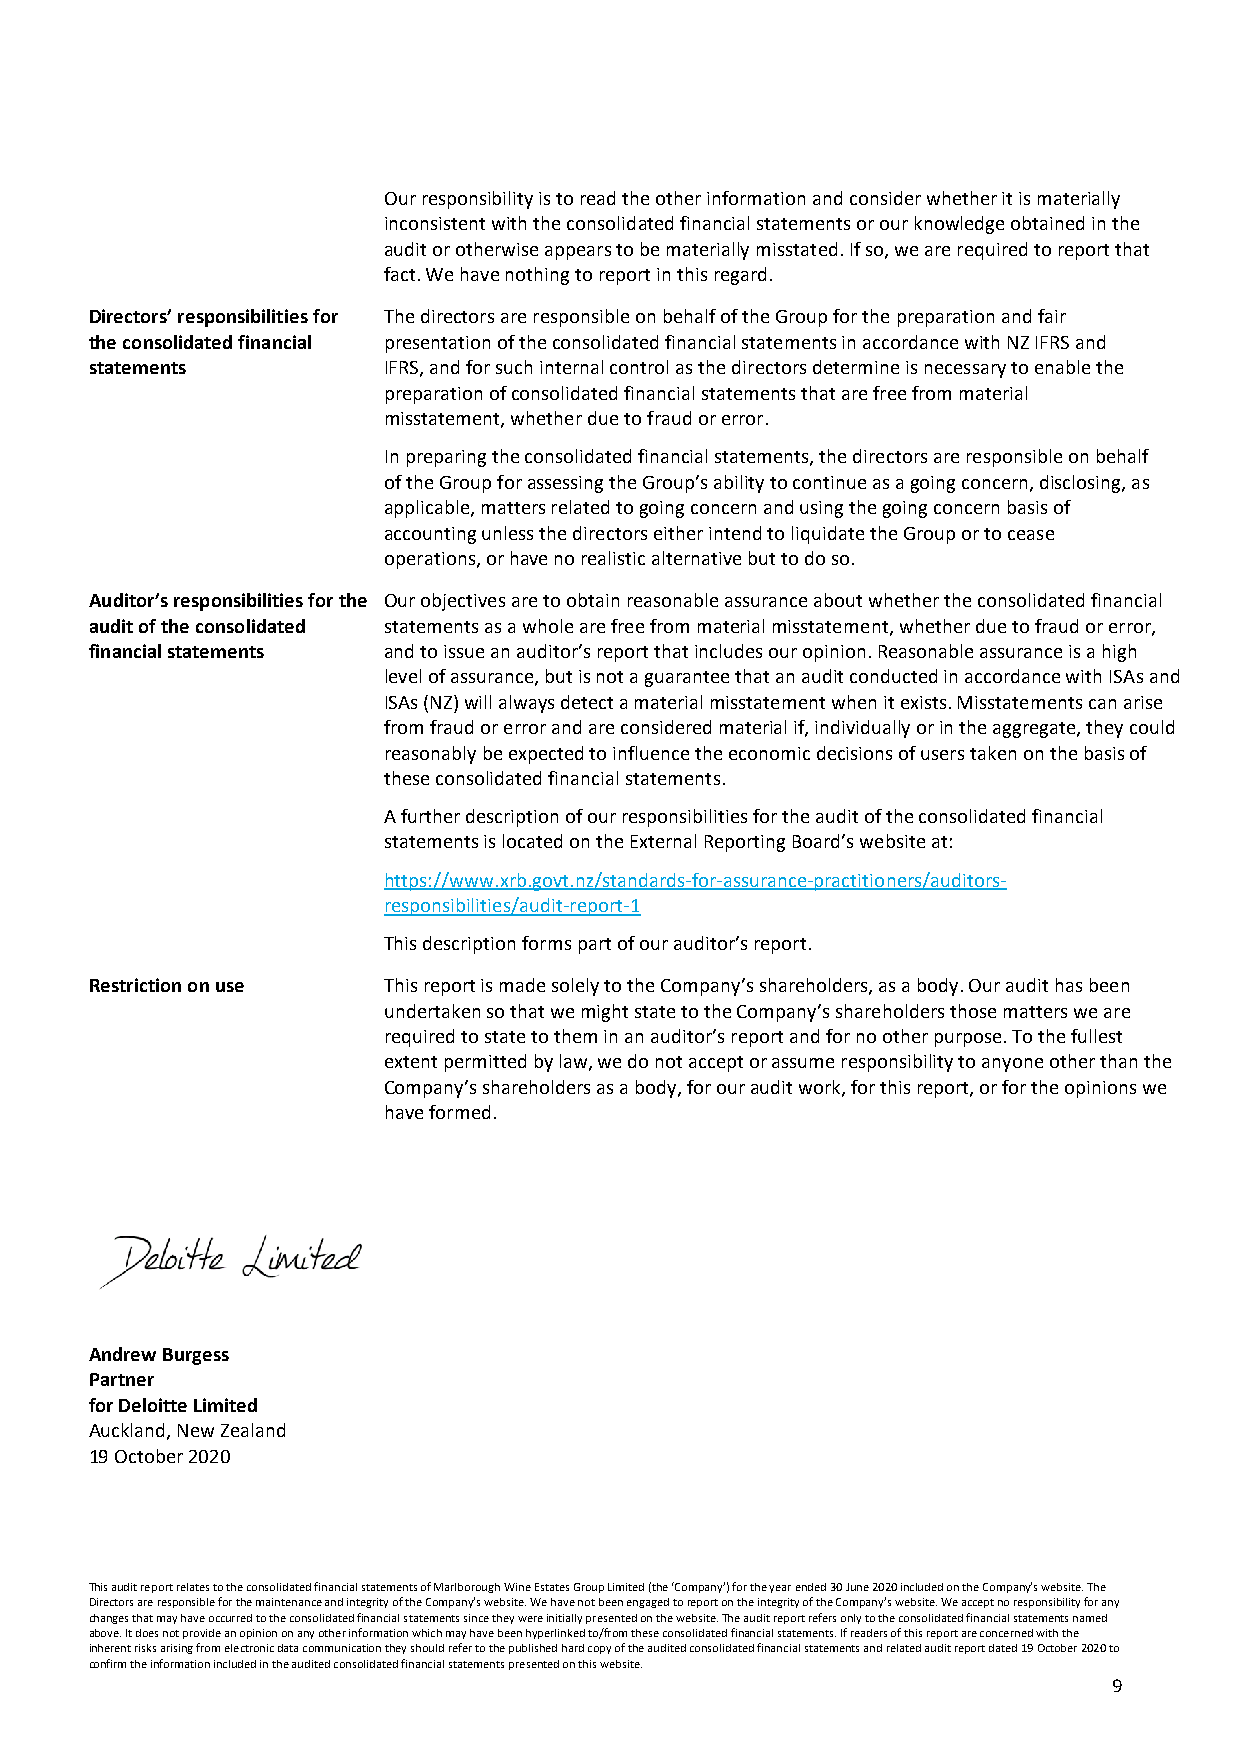
Our responsibility is to read the other information and consider whether it is materially
 inconsistent with the consolidated financial statements or our knowledge obtained in the
 audit or otherwise appears to be materially misstated. If so, we are required to report that
 fact. We have nothing to report in this regard.
 Directors’ responsibilities for The directors are responsible on behalf of the Group for the preparation and fair
 the consolidated financial presentation of the consolidated financial statements in accordance with NZ IFRS and
 statements         IFRS, and for such internal control as the directors determine is necessary to enable the
 preparation of consolidated financial statements that are free from material
 misstatement, whether due to fraud or error.
 In preparing the consolidated financial statements, the directors are responsible on behalf
 of the Group for assessing the Group’s ability to continue as a going concern, disclosing, as
 applicable, matters related to going concern and using the going concern basis of
 accounting unless the directors either intend to liquidate the Group or to cease
 operations, or have no realistic alternative but to do so.
 Auditor’s responsibilities for the Our objectives are to obtain reasonable assurance about whether the consolidated financial
 audit of the consolidated statements as a whole are free from material misstatement, whether due to fraud or error,
 financial statements and to issue an auditor’s report that includes our opinion. Reasonable assurance is a high
 level of assurance, but is not a guarantee that an audit conducted in accordance with ISAs and
 ISAs (NZ) will always detect a material misstatement when it exists. Misstatements can arise
 from fraud or error and are considered material if, individually or in the aggregate, they could
 reasonably be expected to influence the economic decisions of users taken on the basis of
 these consolidated financial statements.
 A further description of our responsibilities for the audit of the consolidated financial
 statements is located on the External Reporting Board’s website at:
 https://www.xrb.govt.nz/standards-for-assurance-practitioners/auditors-
 responsibilities/audit-report-1
 This description forms part of our auditor’s report.
 Restriction on use This report is made solely to the Company’s shareholders, as a body. Our audit has been
 undertaken so that we might state to the Company’s shareholders those matters we are
 required to state to them in an auditor’s report and for no other purpose. To the fullest
 extent permitted by law, we do not accept or assume responsibility to anyone other than the
 Company’s shareholders as a body, for our audit work, for this report, or for the opinions we
 have formed.
 Andrew Burgess
 Partner
 for Deloitte Limited
 Auckland, New Zealand
 19 October 2020
 This audit report relates to the consolidated financial statements of Marlborough Wine Estates Group Limited (the ‘Company’) for the year ended 30 June 2020 included on the Company’s website. The
 Directors are responsible for the maintenance and integrity of the Company’s website. We have not been engaged to report on the integrity of the Company’s website. We accept no responsibility for any
 changes that may have occurred to the consolidated financial statements since they were initially presented on the website. The audit report refers only to the consolidated financial statements named
 above. It does not provide an opinion on any other information which may have been hyperlinked to/from these consolidated financial statements. If readers of this report are concerned with the
 inherent risks arising from electronic data communication they should refer to the published hard copy of the audited consolidated financial statements and related audit report dated 19 October 2020 to
 confirm the information included in the audited consolidated financial statements presented on this website.
 9